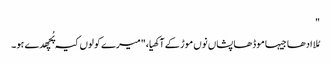
"
مُلا ادھا جیہا موڈھا پشاں نوں موڑ کے آکھیا،"میرے کولوں کیہ پُچھدے ہو۔